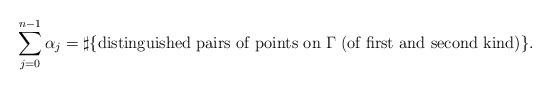
LaTeX: \begin{align*} \sum_{j=0}^{n-1} \alpha_j = \sharp\{\mbox{distinguished pairs of points on $\Gamma$}\; \mbox{(of first and second kind)}\}.\end{align*}